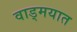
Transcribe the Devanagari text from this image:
वाड्मयात